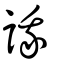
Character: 誐